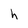
Character: h